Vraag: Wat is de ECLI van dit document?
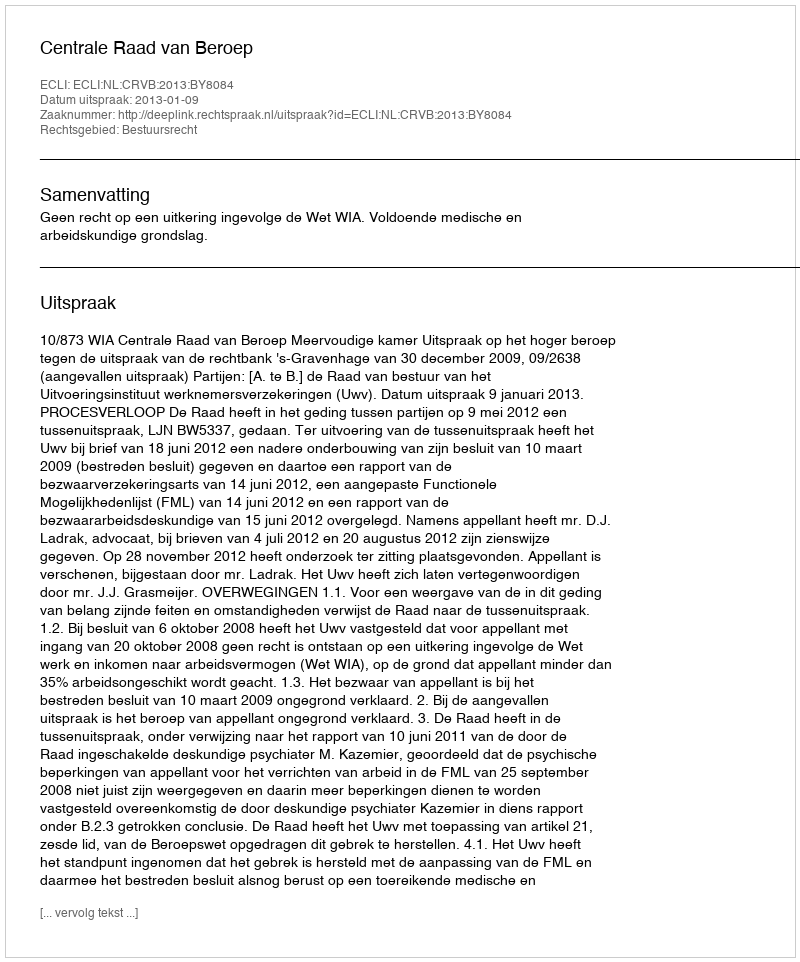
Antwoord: ECLI:NL:CRVB:2013:BY8084